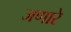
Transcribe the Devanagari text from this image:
जणारे